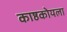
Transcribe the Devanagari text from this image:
काष्ठकोयला